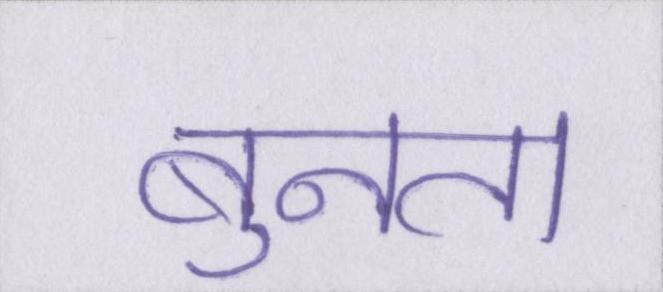
बुनता